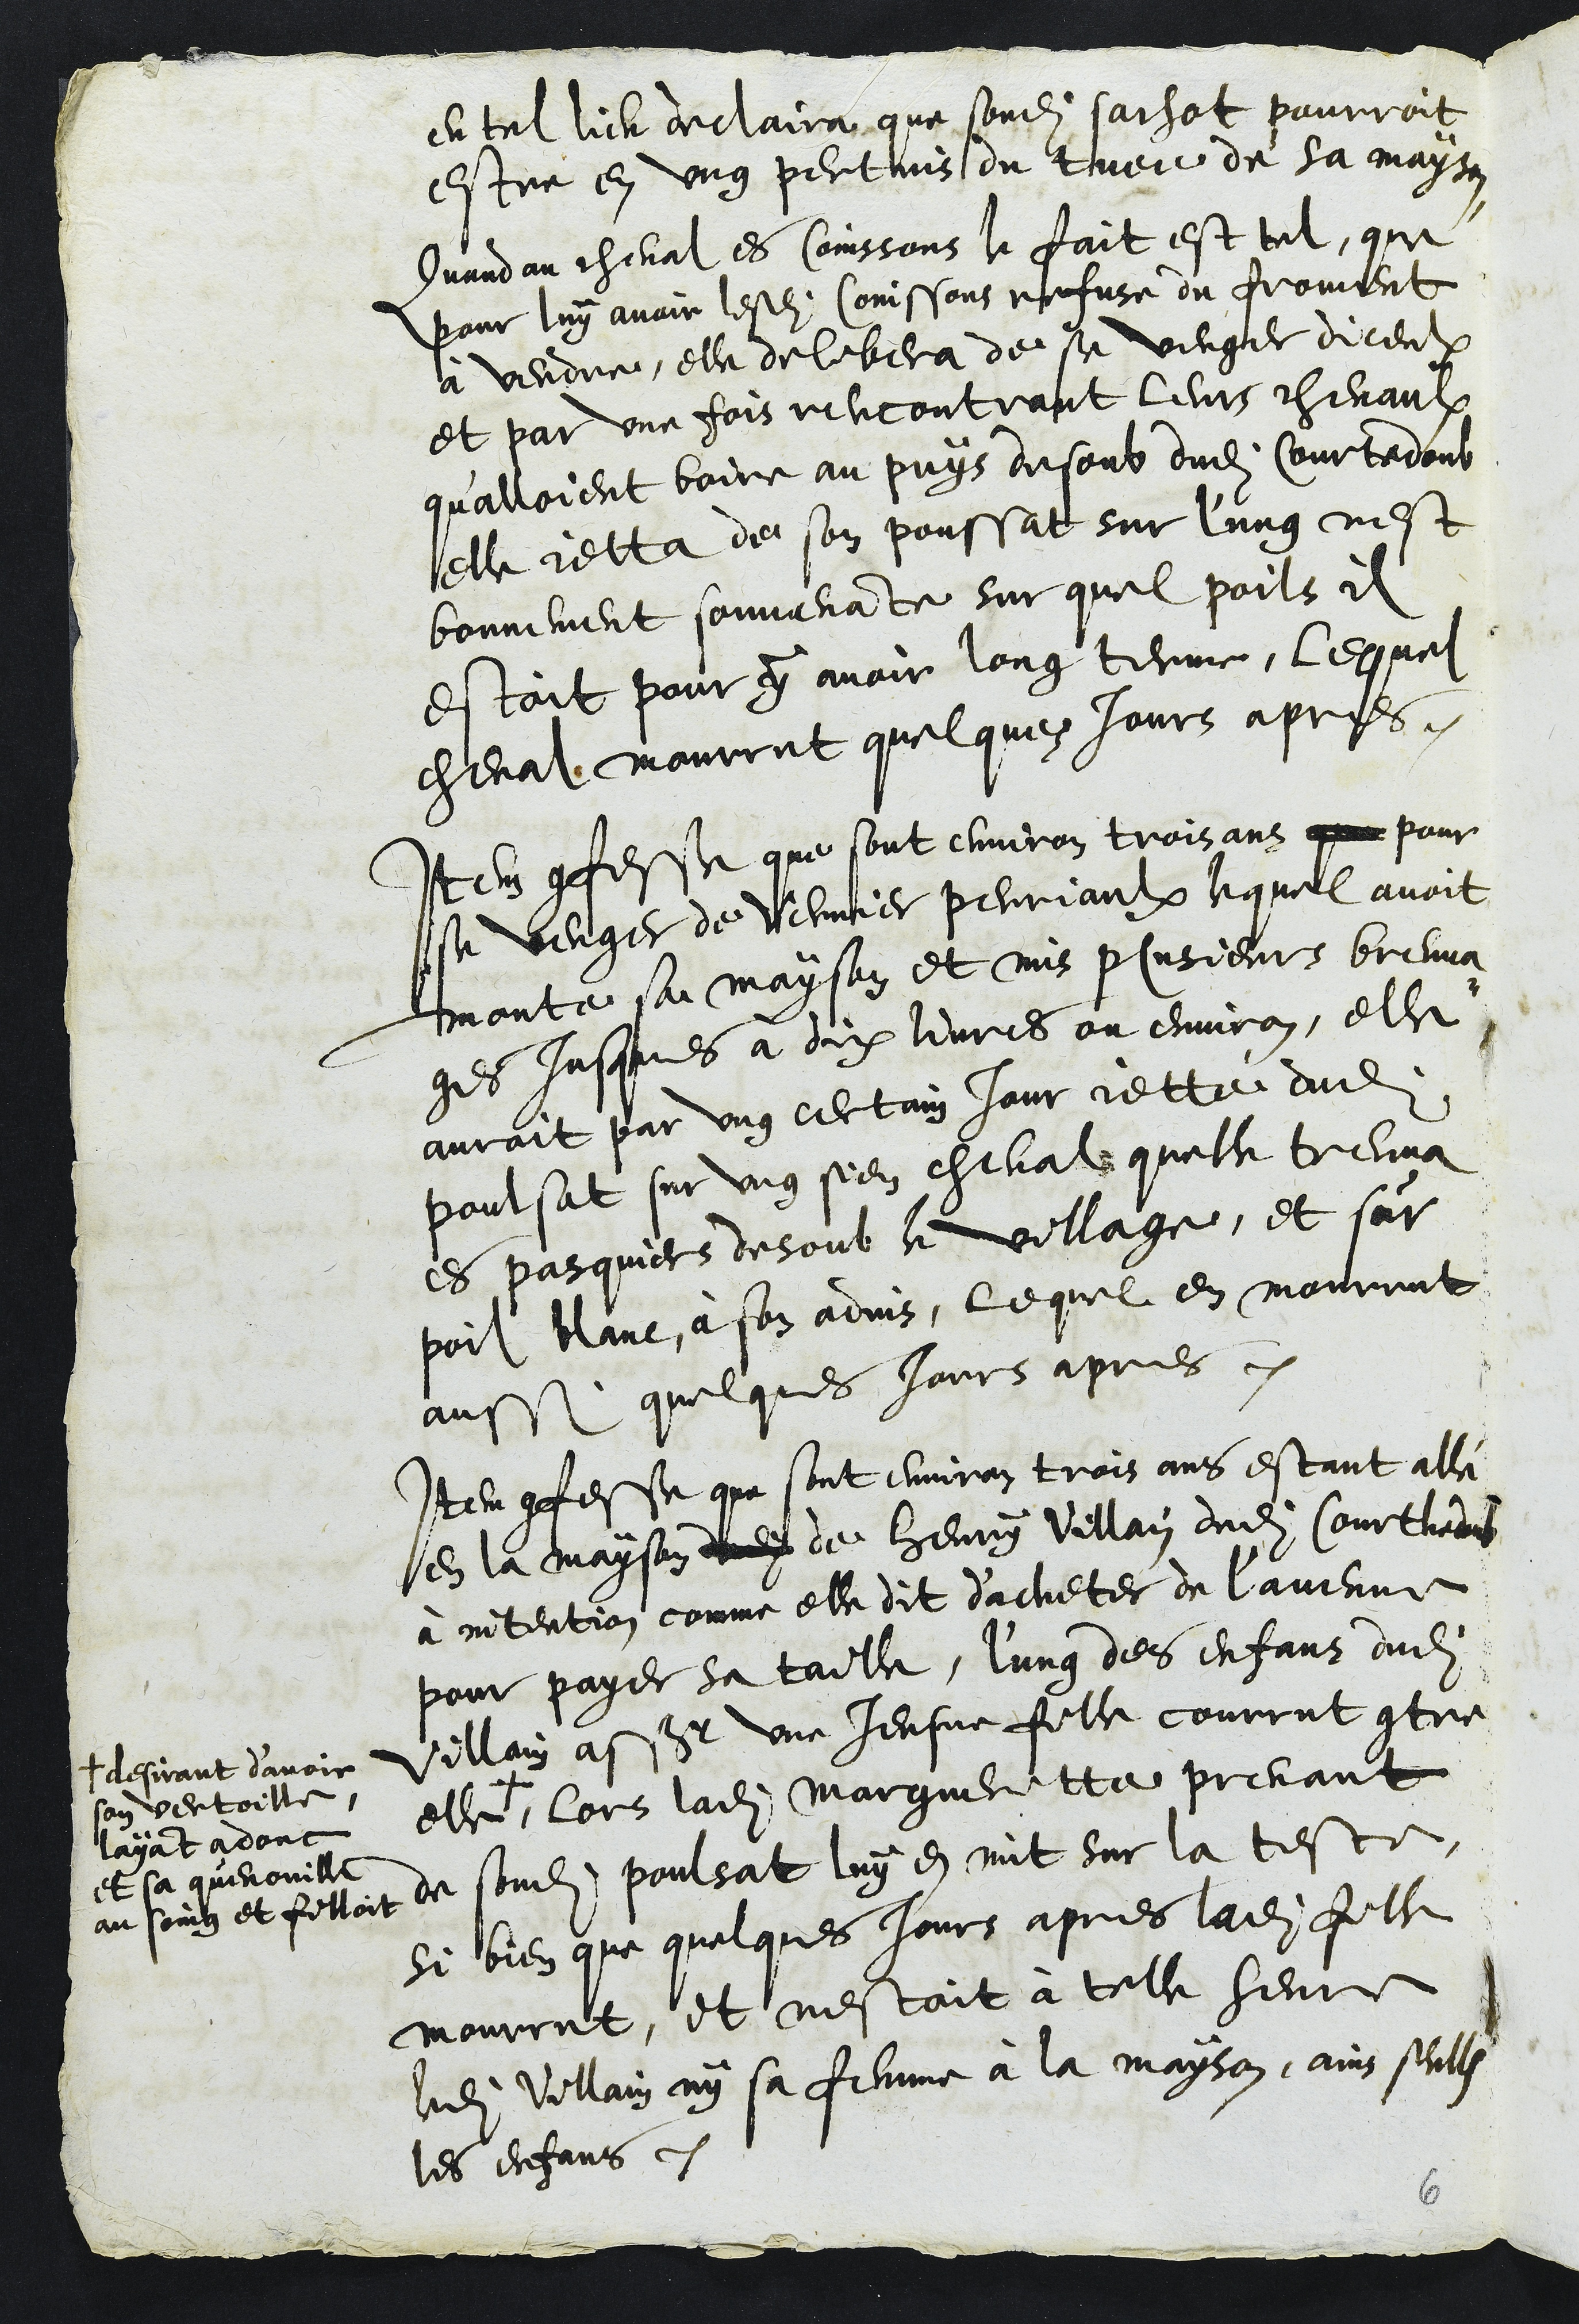
en tel lieu declaira que sondit sachot pourroit
estre en ung pertuis du tuee de sa mayson
Quand au cheval es Coinssons le fait est tel, que
pour luy avoir lesdits Coinssons refuse du froment
à vendre, elle delibera de se venger diceulx
et par une fois rencontrant leurs chevaulx
qu’alloient boire au puys desoub dudit Courtedoub
elle jetta de son poussat sur l'ung nest
bonnement souvenante sur quel poils il
estoit pour y avoir lung terme, lequel
cheval mourrut quelques jours apres.
Item confesse que sont environ trois ans que pour
se venger de Vernier Perriaulx lequel avoit
monte sa mayson et mis plusieurs breuva¬
ges jusques à dix livres ou environ, elle
auroit par ung certain jour jetté dudit
poulsat sur ung sien cheval quelle treuva
es pasquiers desoub le village, et sur
poil blanc, à son advis, lequel en mourrut
aussi quelques jours apres.
Item confesse que sont environ trois ans estant allé
en la mayson dudit de Henry Villain dudit Courthedoub
à intention comme elle dit d’acheter de l'avenne
pour payer sa taille, l’ung des enfans dudit
Villain assavoir une jeusne fille courrut contre
elle +,
+ desirant d'avoir
son vertoille,
layant adonc
et sa quenouille
au seing et filloit
lors ladite Margueritte prenant
de sondit poulsat luy en mit sur la teste
si bien que quelques jours apres ladite fille
mourut, et nestoit à telle heure
ledit Villain ny sa femme à la mayson, ains seullem
les enfans.